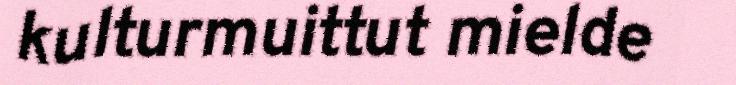
kulturmuittut mielde